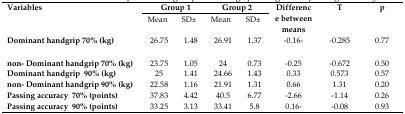
| <ROWSPAN=3> Variables | <COLSPAN=2> Group 1 | <COLSPAN=2> Group 2 | <ROWSPAN=3> Difference between means | <ROWSPAN=3> T | <ROWSPAN=3> P |
 | Mean | SD± | Mean | SD± |
 | --- | --- | --- | --- | --- | --- | --- | --- |
 | Dominant handgrip 70% (kg) | 26.75 | 1.48 | 26.91 | 1.37 | −0.16 | −0.285 | 0.77 |
 | non- Dominant handgrip 70% (kg) | 23.75 | 1.05 | 24 | 0.73 | −0.25 | −0.672 | 0.50 |
 | Dominant handgrip 90% (kg) | 25 | 1.41 | 24.66 | 1.43 | 0.33 | 0.573 | 0.57 |
 | non- Dominant handgrip 90% (kg) | 22.58 | 1.16 | 21.91 | 1.31 | 0.66 | 1.31 | 0.20 |
 | Passing accuracy 70% (points) | 37.83 | 4.42 | 40.5 | 6.77 | −2.66 | −1.14 | 0.26 |
 | Passing accuracy 90% (points) | 33.25 | 3.13 | 33.41 | 5.8 | 0.16 | −0.08 | 0.93 |